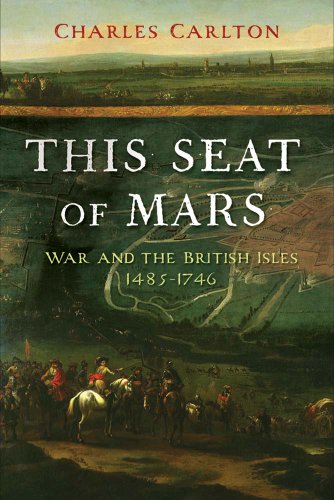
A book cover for This Seat of Mars: War and the British Isles, 1485-1746; Charles Carlton; Science & Math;